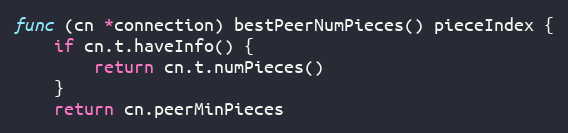
Language: Go
func (cn *connection) bestPeerNumPieces() pieceIndex {
	if cn.t.haveInfo() {
		return cn.t.numPieces()
	}
	return cn.peerMinPieces